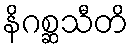
နိဂစ္ဆသီတိ